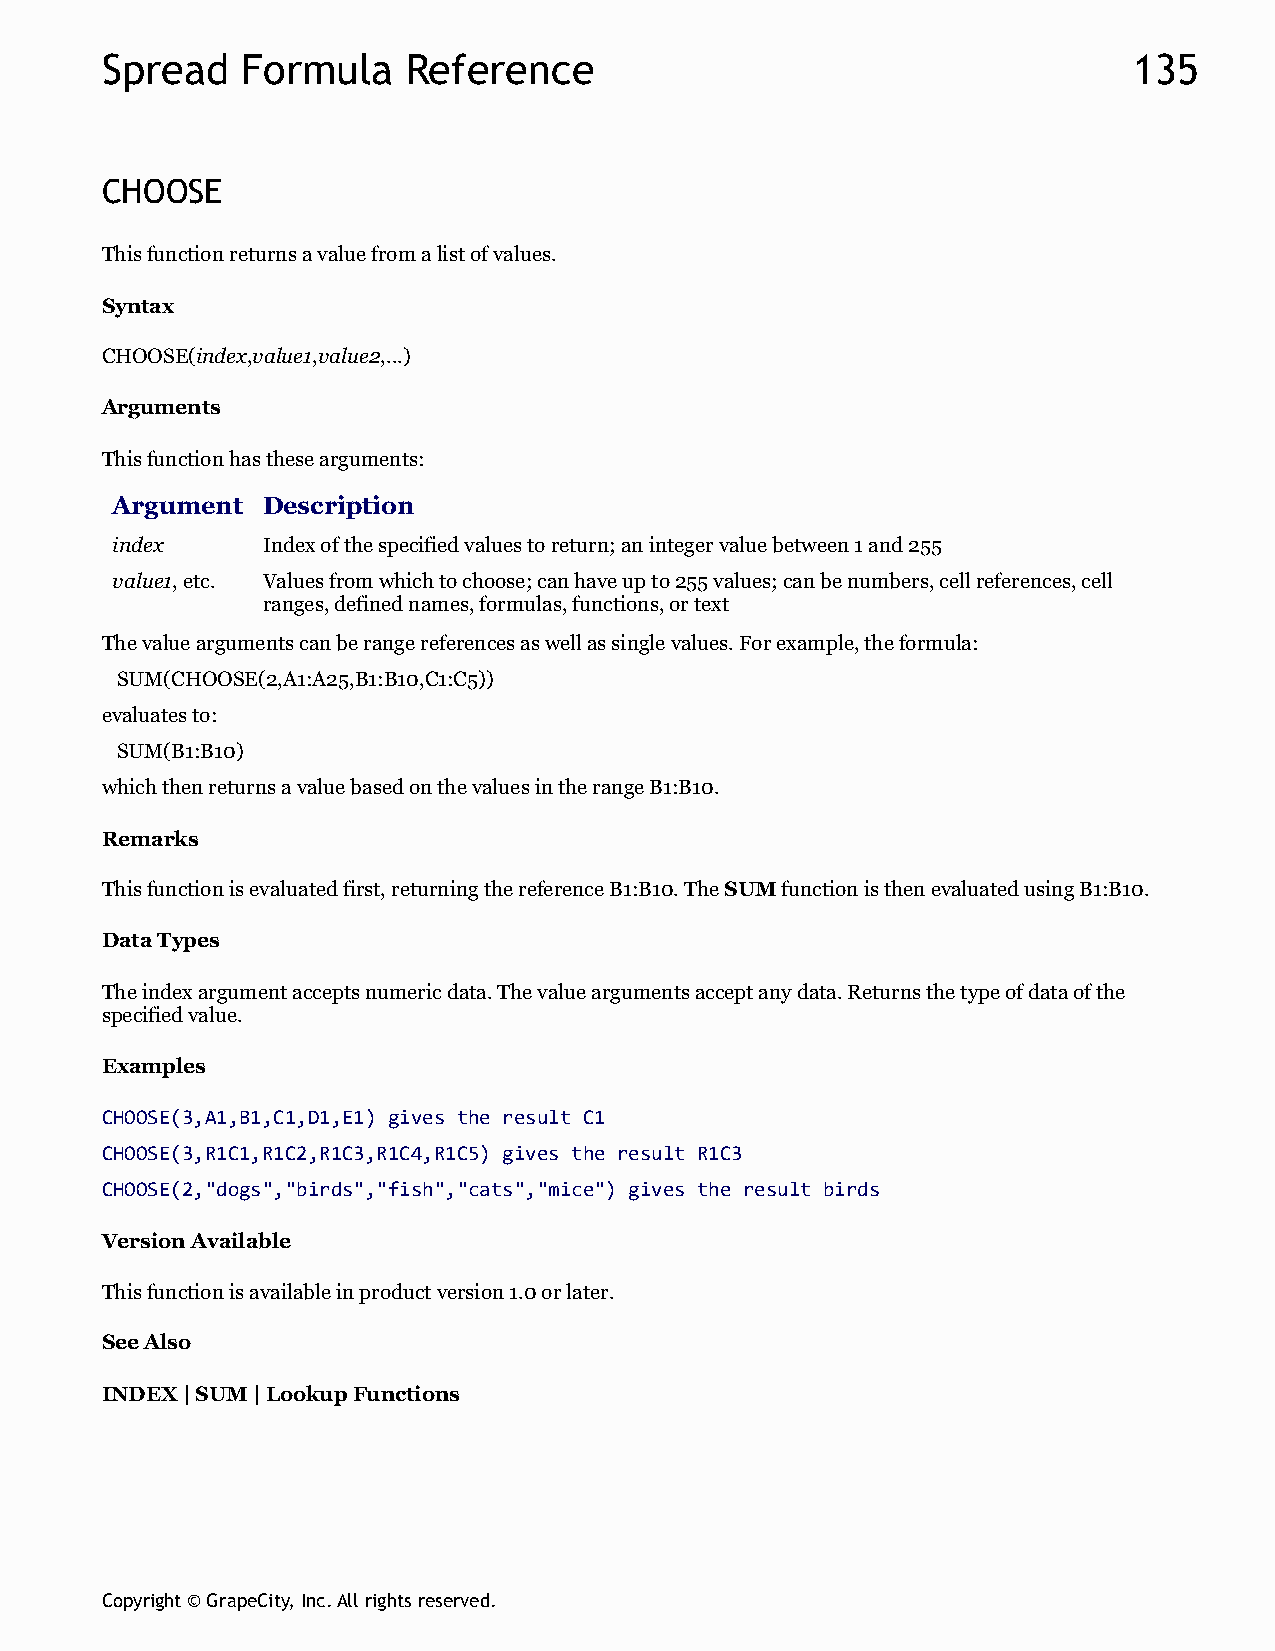
Spread   Formula    Reference                                       135
 CHOOSE
 This function returns a value from a list of values.
 Syntax
 CHOOSE(index,value1,value2,...)
 Arguments
 This function has these arguments:
 Argument  Description
 index     Index of the specified values to return; an integer value between 1 and 255
 value1, etc. Values from which to choose; can have up to 255 values; can be numbers, cell references, cell
 ranges, defined names, formulas, functions, or text
 The value arguments can be range references as well as single values. For example, the formula:
 SUM(CHOOSE(2,A1:A25,B1:B10,C1:C5))
 evaluates to:
 SUM(B1:B10)
 which then returns a value based on the values in the range B1:B10.
 Remarks
 This function is evaluated first, returning the reference B1:B10. The SUM function is then evaluated using B1:B10.
 Data Types
 The index argument accepts numeric data. The value arguments accept any data. Returns the type of data of the
 specified value.
 Examples
 CHOOSE(3,A1,B1,C1,D1,E1) gives the result C1
 CHOOSE(3,R1C1,R1C2,R1C3,R1C4,R1C5) gives the result R1C3
 CHOOSE(2,"dogs","birds","fish","cats","mice") gives the result birds
 Version Available
 This function is available in product version 1.0 or later.
 See Also
 INDEX | SUM | Lookup Functions
 Copyright © GrapeCity, Inc. All rights reserved.